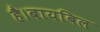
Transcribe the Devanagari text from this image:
है।बायबिल